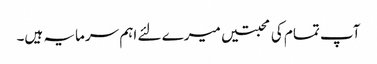
آپ تمام کی محبتیں میرے لئے اہم سرمایہ ہیں۔